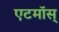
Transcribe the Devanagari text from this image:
एटमॉस्